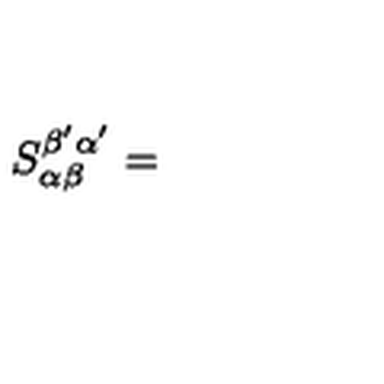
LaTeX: S _ { \alpha \beta } ^ { \beta ^ { \prime } \alpha ^ { \prime } } =